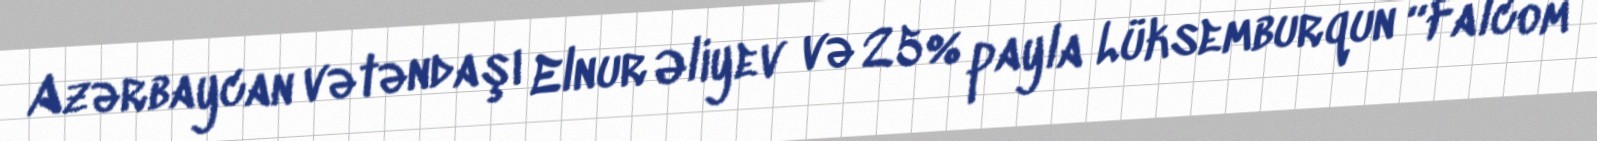
Azərbaycan vətəndaşı Elnur Əliyev və 25% payla Lüksemburqun “Falcom